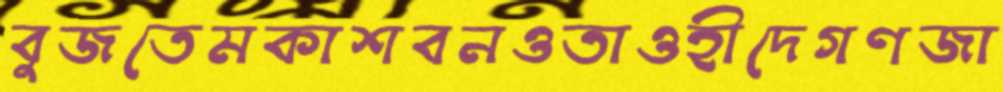
বুজতেমকাশবনওতাওহীদেগণজা